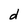
Character: d